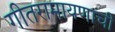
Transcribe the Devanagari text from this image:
गीतरामायणाची